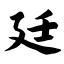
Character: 廷